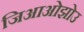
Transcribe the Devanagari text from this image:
जिआओझोउ